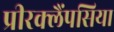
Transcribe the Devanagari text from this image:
प्रीरक्लैंपसिया